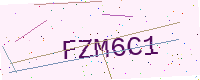
Text: FZM6C1